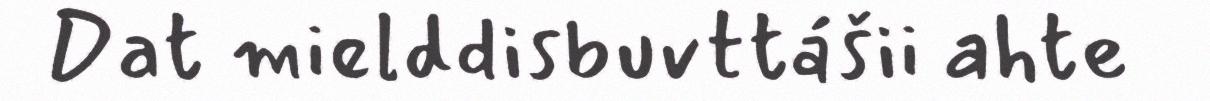
Dat mielddisbuvttášii ahte